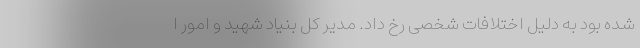
شده بود به دلیل اختلافات شخصی رخ داد. مدیر کل بنیاد شهید و امور ا